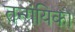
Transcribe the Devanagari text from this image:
तन्गंयिका